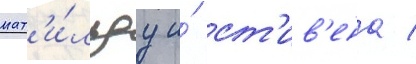
мат'и́льду и́ ст'ив'ена /